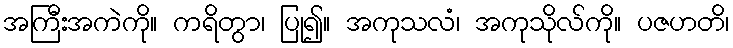
အကြီးအကဲကို။ ကရိတွာ၊ ပြု၍။ အကုသလံ၊ အကုသိုလ်ကို။ ပဇဟတိ၊